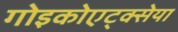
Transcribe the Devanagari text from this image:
गोइकोएट्क्सेया